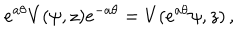
e ^ { a \theta } V ( \psi , z ) e ^ { - a \theta } = V ( e ^ { a \theta } \psi , z ) \, ,